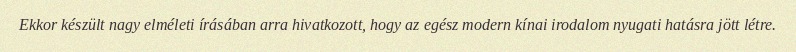
Ekkor készült nagy elméleti írásában arra hivatkozott, hogy az egész modern kínai irodalom nyugati hatásra jött létre.